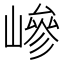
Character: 㠁